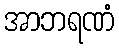
အာဘရဏံ